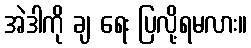
အဲဒါကို ချ ရေး ပြလို့ရမလား။